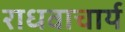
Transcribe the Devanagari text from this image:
राधवाचार्य